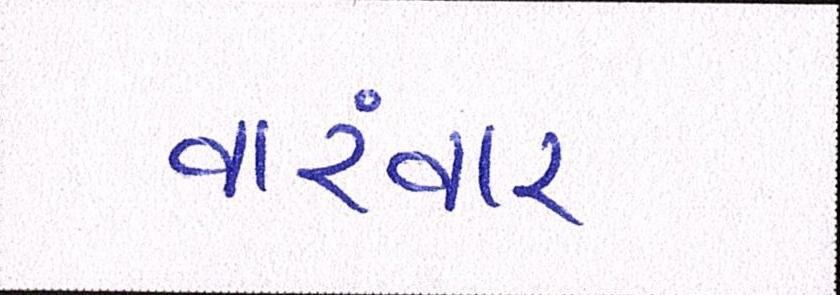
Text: વારંવાર